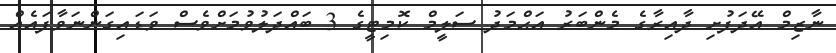
ނާޒިމް އޭދަފުށި ދާއިރާގެ މެންބަރު އަޙްމަދު ސަލީމް ކޮމިޓީގެ 3 ބައްދަލުވުމަށްވެސް ވަޑައިގަންނަވާފައެއް